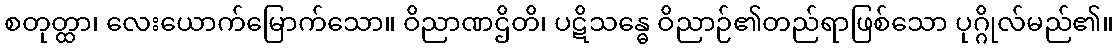
စတုတ္ထာ၊ လေးယောက်မြောက်သော။ ဝိညာဏဌိတိ၊ ပဋိသန္ဓေ ဝိညာဉ်၏တည်ရာဖြစ်သော ပုဂ္ဂိုလ်မည်၏။